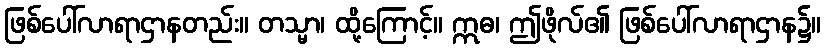
ဖြစ်ပေါ်လာရာဌာနတည်း။ တသ္မာ၊ ထို့ကြောင့်။ ဣဓ၊ ဤဖိုလ်၏ ဖြစ်ပေါ်လာရာဌာန၌။